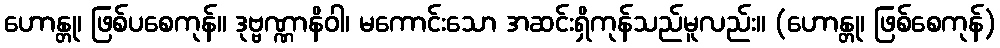
ဟောန္တု၊ ဖြစ်ပစေကုန်။ ဒုဗ္ဗဏ္ဏာနိဝါ၊ မကောင်းသော အဆင်းရှိကုန်သည်မူလည်း။ (ဟောန္တု၊ ဖြစ်စေကုန်)